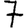
Digit: 7